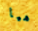
هيا